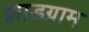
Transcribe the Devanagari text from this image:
झाडग्राम